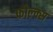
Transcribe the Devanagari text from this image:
फोल्क्स